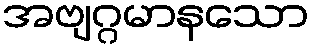
အဗျဂ္ဂမာနသော